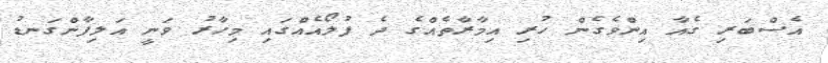
އެސްބަރި ގެއާ އިންވެގެން ހުރި އިމާރާތެއްގެ ދެ ފުލޯއެއްގައި މިހާރު ވަނީ އަލިފާންގަނޑު